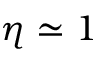
\eta \simeq 1